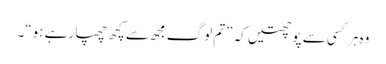
وہ ہر کسی سے پوچھتیں کہ ”تم لوگ مجھ سے کچھ چھپا رہے ہو“۔